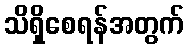
သိရှိစေရန်အတွက်